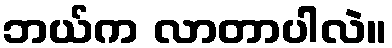
ဘယ်က လာတာပါလဲ။